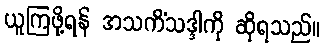
ယူကြဖို့ရန် အသကိံသဒ္ဒါကို ဆိုရသည်။